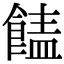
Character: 䭍